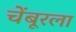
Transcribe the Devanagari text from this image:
चेंबूरला